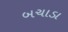
બચાડા